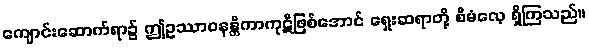
ကျောင်းဆောက်ရာ၌ ဤဥဿာဝနန္တိကာကုဋိဖြစ်အောင် ရှေးဆရာတို့ စီမံလေ့ ရှိကြသည်။